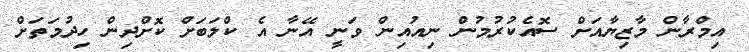
އިމްރާން މާޒިޔާއަށް ސޮއެކުރުމުން ނިއުއިން ވަނީ އޭނާ އެ ކްލަބަށް ކޮށްދިން ހިދުމަތަށް